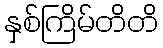
နှစ်ကြိမ်တိတိ